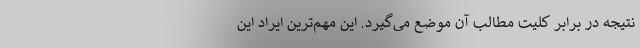
نتیجه در برابر کلیت مطالب آن موضع می‌گیرد. این مهم‌ترین ایراد این